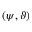
( \psi , \vartheta )